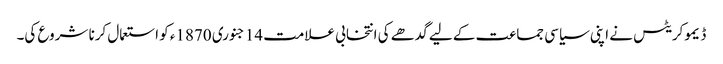
ڈیموکریٹس نے اپنی سیاسی جماعت کے لیے گدھے کی انتخابی علامت 14 جنوری 1870ء کو استعمال کرنا شروع کی۔